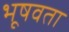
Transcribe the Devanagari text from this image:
भूषवता